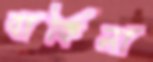
বার্কিনা